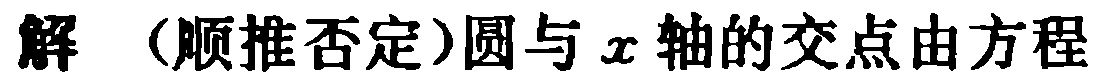
解（顺推否定）圆与 \(x\) 轴的交点由方程